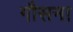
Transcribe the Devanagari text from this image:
गौसना